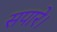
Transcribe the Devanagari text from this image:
सपारे।